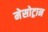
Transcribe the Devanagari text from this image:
मेसोट्रान